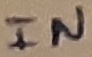
Text: IN